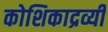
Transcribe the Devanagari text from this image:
कोशिकाद्रव्यी